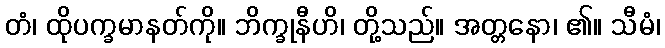
တံ၊ ထိုပက္ခမာနတ်ကို။ ဘိက္ခုနီဟိ၊ တို့သည်။ အတ္တနော၊ ၏။ သီမံ၊